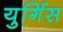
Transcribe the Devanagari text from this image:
युर्गिस